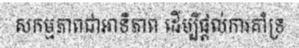
សកម្មភាពជាអាទិភាព ដើម្បីផ្តល់ការគាំទ្រ